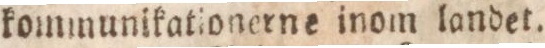
kommunikationerne inom landet.